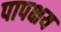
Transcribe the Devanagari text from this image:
पापक्षय